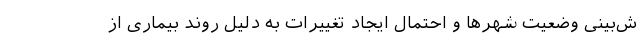
ش‌بینی وضعیتِ شهرها و احتمال ایجاد تغییرات به دلیل روند بیماری از